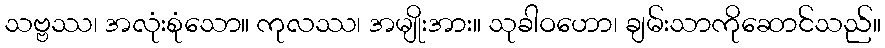
သဗ္ဗဿ၊ အလုံးစုံသော။ ကုလဿ၊ အမျိုးအား။ သုခါဝဟော၊ ချမ်းသာကိုဆောင်သည်။